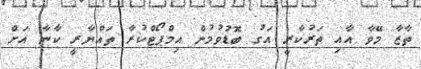
ތާޒާ މޭވާ އާއި ތަރުކާރީ އަގު ބޮޑުވުމުން އިމްޕޯޓްކުރާ ތައްޔާރީ ކާނާ އަށް